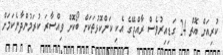
ކުރިއަށް އޮތް 24 ގަޑިއިރުވެސް ރާއްޖޭގެ އެކި ކަންކޮޅުތަކަށް ބޯކޮށް ވިއްސާރަ ކުރަމުންދާނެކަމަށް